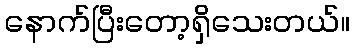
နောက်ပြီးတော့ရှိသေးတယ်။